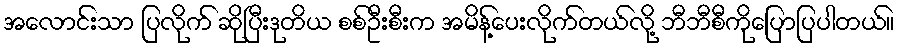
အလောင်းသာ ပြလိုက် ဆိုပြီးဒုတိယ စစ်ဦးစီးက အမိန့်ပေးလိုက်တယ်လို့ ဘီဘီစီကိုပြောပြပါတယ်။